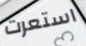
استعرت